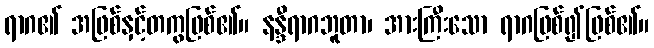
ရာဂ၏ အဖြစ်နှင့်တကွဖြစ်၏။ နန္ဒီရာဂဘူတာ၊ အားကြီးသော ရာဂဖြစ်၍ဖြစ်၏။